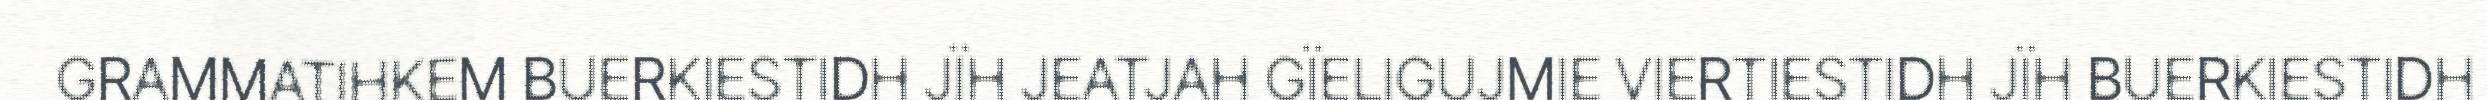
GRAMMATIHKEM BUERKIESTIDH JÏH JEATJAH GÏELIGUJMIE VIERTIESTIDH JÏH BUERKIESTIDH